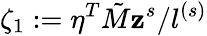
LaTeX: \zeta_{1}:=\eta^{T}\tilde{M}\mathbf{z}^{s}/l^{(s)}